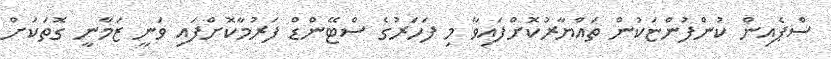
ސްޕެއިން ކުންފުންޏަކުން ތައްޔާރުކޮށްފައިވާ މި ފަހަރުގެ ސްޓޭންޑް ފަރުމާކޮށްފައި ވަނީ ޒަމާނީ ގޮތަކަށް